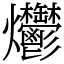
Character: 爩